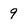
Character: 9